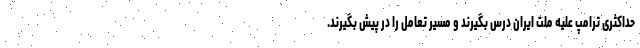
حداکثری ترامپ علیه ملت ایران درس بگیرند و مسیر تعامل را در پیش بگیرند.